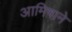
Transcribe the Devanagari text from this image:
आमिषाने